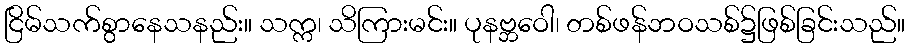
ငြိမ်သက်စွာနေသနည်း။ သက္က၊ သိကြားမင်း။ ပုနဗ္ဘဝေါ၊ တစ်ဖန်ဘဝသစ်၌ဖြစ်ခြင်းသည်။